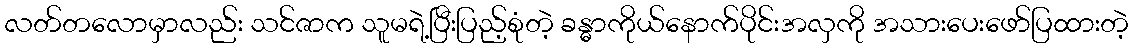
လတ်တလောမှာလည်း သင်ဇာက သူမရဲ့ပြီးပြည့်စုံတဲ့ ခန္ဓာကိုယ်နောက်ပိုင်းအလှကို အသားပေးဖော်ပြထားတဲ့